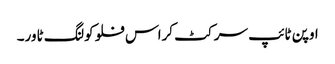
اوپن ٹائپ سرکٹ کراس فلو کولنگ ٹاور۔